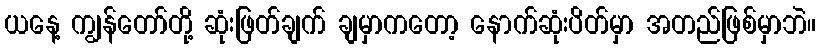
ယနေ့ ကျွန်တော်တို့ ဆုံးဖြတ်ချက် ချမှာကတော့ နောက်ဆုံးပိတ်မှာ အတည်ဖြစ်မှာဘဲ။